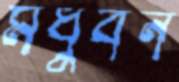
মধুবন